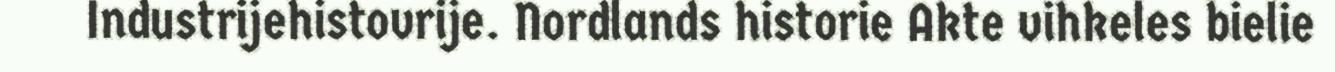
Industrijehistovrije. Nordlands historie Akte vihkeles bielie